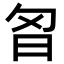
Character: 𭥘